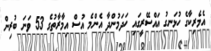
އެމެރިކާގެ ހުޅަނގު އައްސޭރީގައި ހަދަމުންދާ އެންމެ އުސް އިމާރާތުގެ 53 ވަނަ ބުރިން